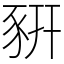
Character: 豣